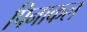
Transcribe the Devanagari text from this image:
पिनाकल